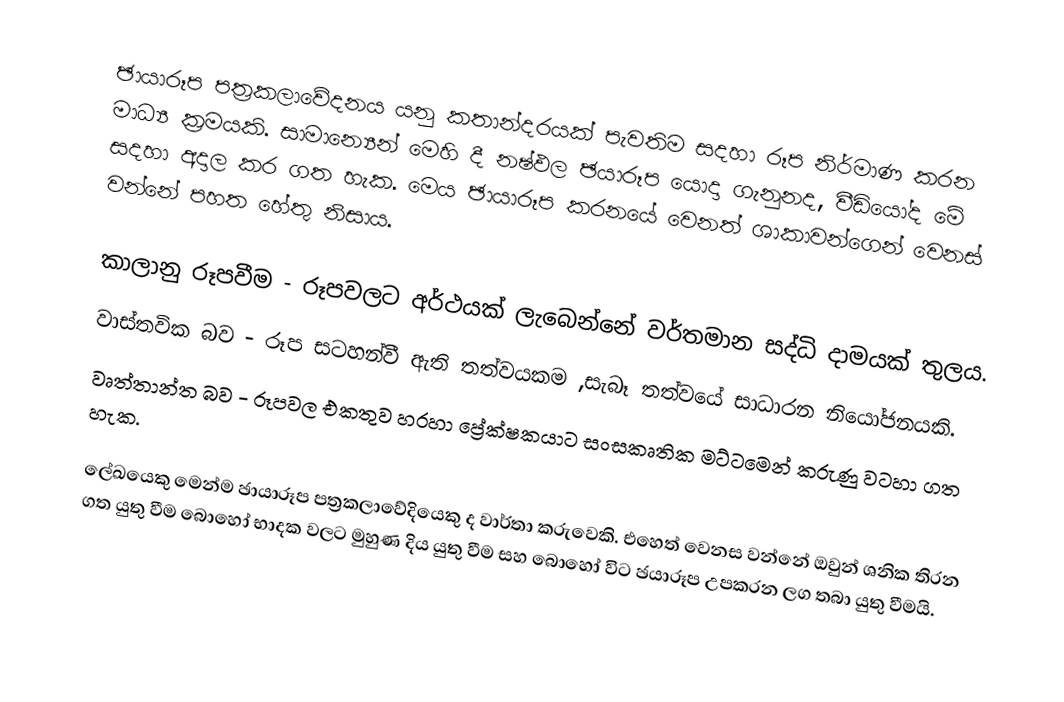
ඡායාරූප පත්‍රකලාවේදනය යනු කතාන්දරයක් පැවතිම සදහා රූප නිර්මාණ කරන මාධ්‍ය ක්‍රමයකි. සාමාන්‍යෙන් මෙහි දී නෂ්ඵල ඡයාරූප යොදා ගැනුනද, වීඩියෝද මේ සදහා අදාල කර ගත හැක. මෙය ඡායාරූප කරනයේ වෙනත් ශාකාවන්ගෙන් වෙනස් වන්නේ පහත හේතු නිසාය.

කාලානු රූපවීම - රූපවලට අර්ථයක් ලැබෙන්නේ වර්තමාන සද්ධි දාමයක් තුලය.
වාස්තවික බව - රූප සටහන්වී ඇති තත්වයකම ,සැබෑ තත්වයේ සාධාරන නියෝජනයකි.
 වෘත්තාන්ත බව - රූපවල එකතුව හරහා ප්‍රේක්ෂකයාට සංසකෘතික මට්ටමෙන් කරුණු වටහා ගත හැක.

ලේඛයෙකු මෙන්ම ඡායාරූප පත්‍රකලාවේදියෙකු ද වාර්තා කරුවෙකි. එහෙත් වෙනස වන්නේ ඔවුන් ශනික තිරන ගත යුතු වීම බොහෝ භාදක වලට මුහුණ දිය යුතු වීම සහ බොහෝ විට ඡයාරූප උපකරන ලග තබා යුතු වීමයි.